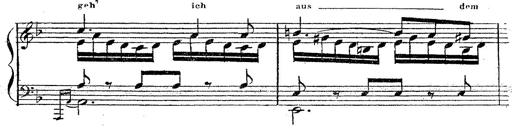
Title: 12 Lieder von Franz Schubert
Composer: Franz Liszt